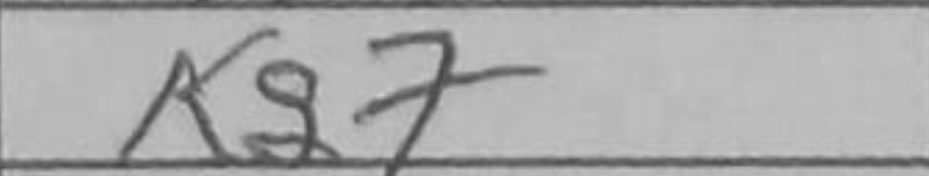
Transcription: Kg7